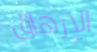
الإرهاق